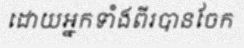
ដោយអ្នកទាំងពីរបានចែក